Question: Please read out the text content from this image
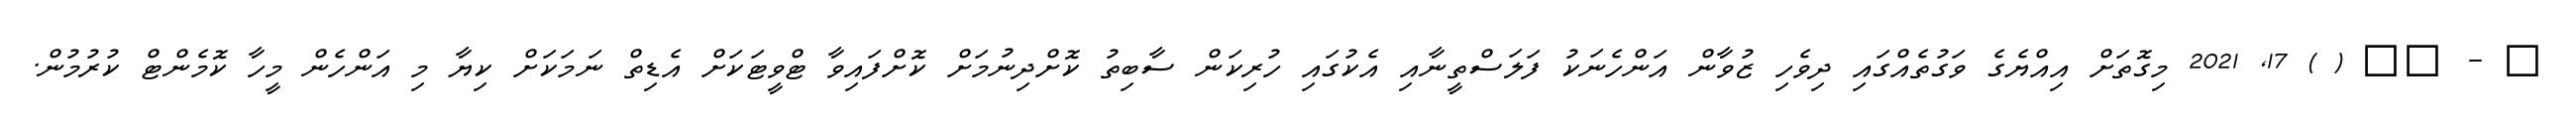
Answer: ? - ?? ( ) 17, 2021 މިގޮތަށް އިއްޔެގެ ވަގުތެއްގައި ދިވެހި ޒުވާން އަންހެނަކު ފަލަސްތީނާއި އެކުގައި ހުރިކަން ސާބިތު ކޮށްދިނުމަށް ކޮށްފައިވާ ޓްވީޓަކަށް އެޑިތް ނަމަކަށް ކިޔާ މި އަންހެން މީހާ ކޮމެންޓް ކުރުމުން.